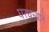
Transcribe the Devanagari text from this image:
घरधन्याने